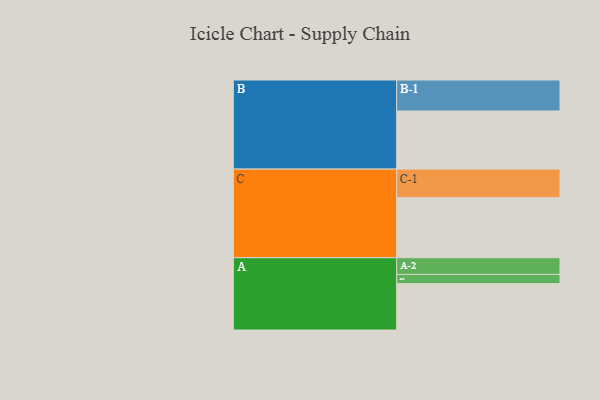
{"axis": {"x": "Segment", "y": "Value"}, "legend": ["", "A", "B", "C"], "data": [{"x": "A", "y": 361, "type": ""}, {"x": "B", "y": 452, "type": ""}, {"x": "C", "y": 468, "type": ""}, {"x": "A-1", "y": 71, "type": "A"}, {"x": "A-2", "y": 130, "type": "A"}, {"x": "B-1", "y": 241, "type": "B"}, {"x": "C-1", "y": 221, "type": "C"}]}